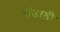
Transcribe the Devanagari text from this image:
संजाली